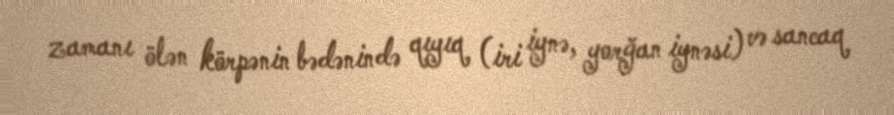
zamanı ölən körpənin bədənində qıyıq (iri iynə, yorğan iynəsi) və sancaq